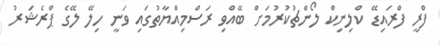
ފްރީ ފްރައިޑޭ ކްލިނިކް ލޯންޗުކުރުމަށް ބޭއްވި ރަސްމިއްޔާތުގައި ވަނީ ހިލޭ ލޭގެ ޕްރެޝަރު